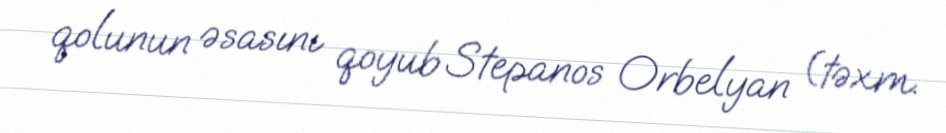
qolunun əsasını qoyub Stepanos Orbelyan (təxm.